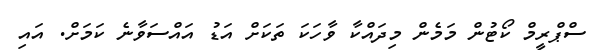
ސްޕްރީމް ކޯޓުން މަމެން މިދައްކާ ވާހަކަ ތަކަށް އަޑު އައްސަވާނެ ކަމަށް. އައި